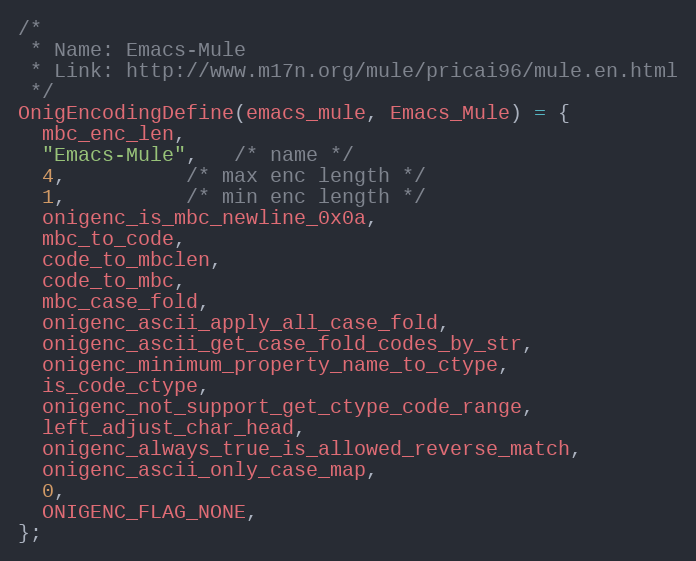
Language: C
/*
 * Name: Emacs-Mule
 * Link: http://www.m17n.org/mule/pricai96/mule.en.html
 */
OnigEncodingDefine(emacs_mule, Emacs_Mule) = {
  mbc_enc_len,
  "Emacs-Mule",   /* name */
  4,          /* max enc length */
  1,          /* min enc length */
  onigenc_is_mbc_newline_0x0a,
  mbc_to_code,
  code_to_mbclen,
  code_to_mbc,
  mbc_case_fold,
  onigenc_ascii_apply_all_case_fold,
  onigenc_ascii_get_case_fold_codes_by_str,
  onigenc_minimum_property_name_to_ctype,
  is_code_ctype,
  onigenc_not_support_get_ctype_code_range,
  left_adjust_char_head,
  onigenc_always_true_is_allowed_reverse_match,
  onigenc_ascii_only_case_map,
  0,
  ONIGENC_FLAG_NONE,
};